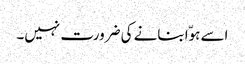
اسے ہوّا بنانے کی ضرورت نہیں۔